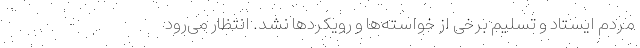
مردم ایستاد و تسلیم برخی از خواسته‌ها و رویکردها نشد. انتظار می‌رود